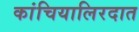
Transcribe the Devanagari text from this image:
कांचियालिरदात